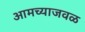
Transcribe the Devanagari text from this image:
आमच्याजवळ